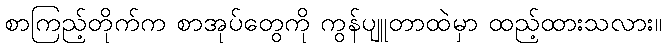
စာကြည့်တိုက်က စာအုပ်တွေကို ကွန်ပျူတာထဲမှာ ထည့်ထားသလား။